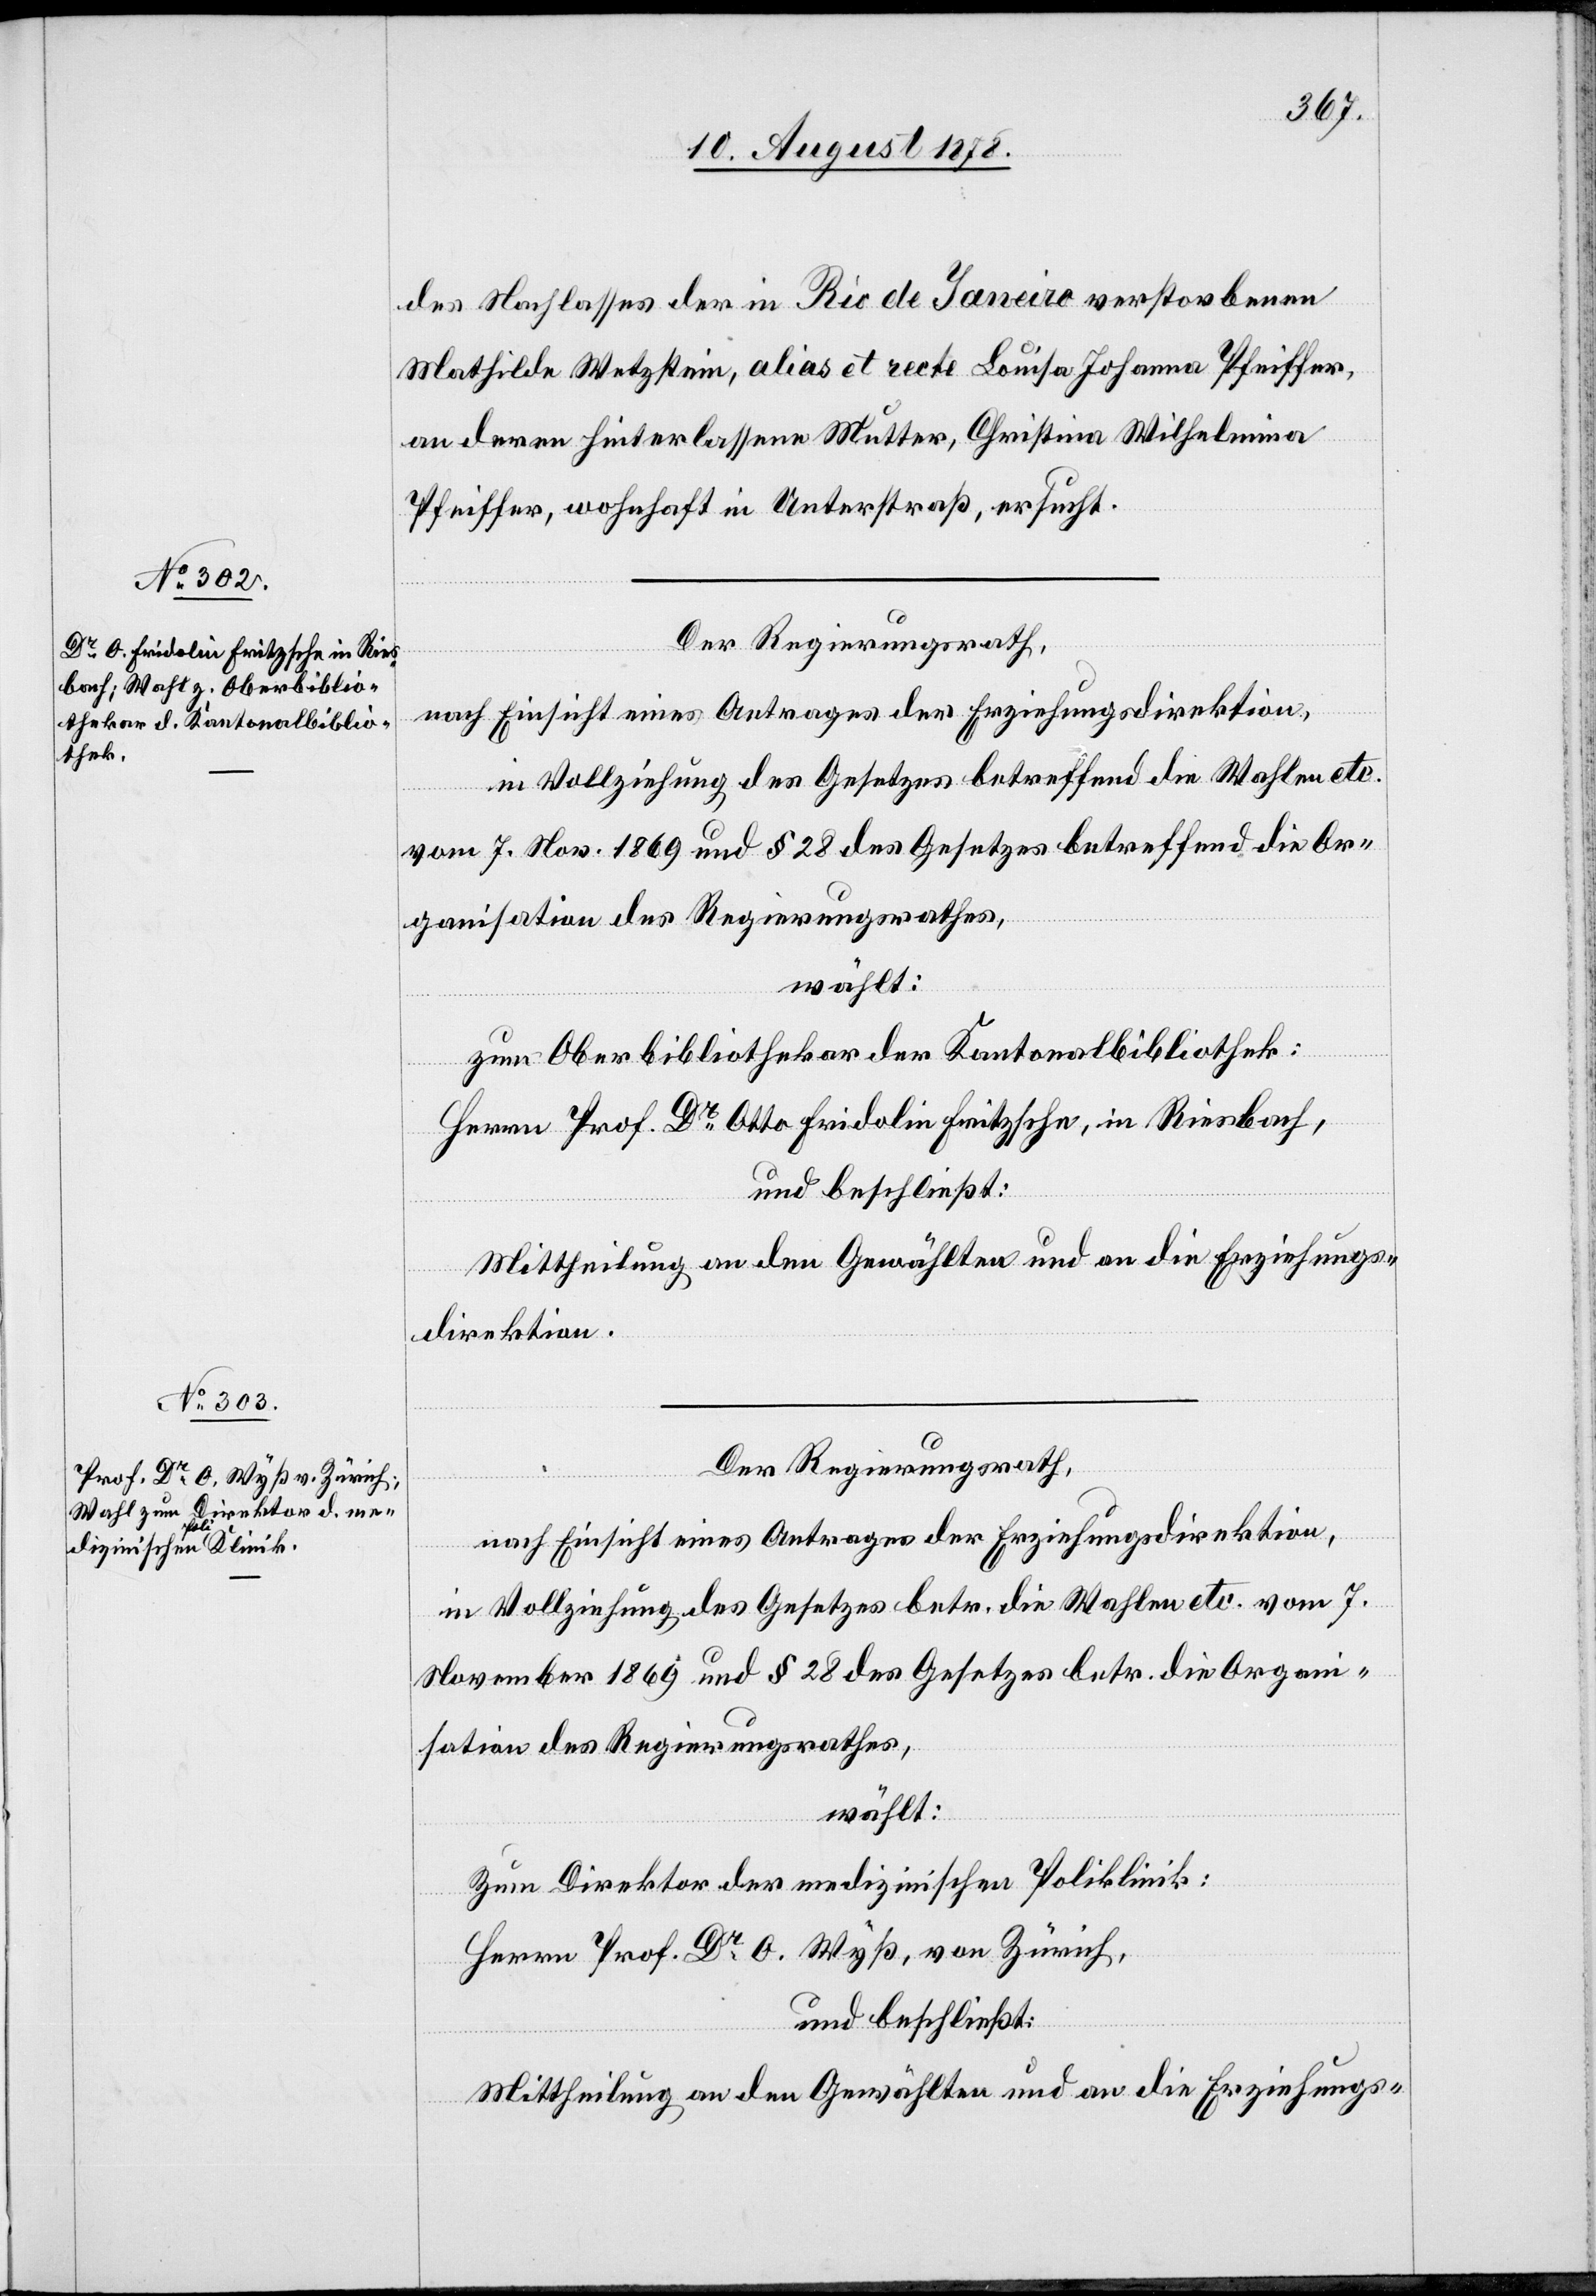
des Nachlasses der in Rio de Janeiro verstorbenen
Mathilde Wetzstein, alias et recte Louisa Johanna Pfeiffer,
an deren hinterlassene Mutter, Christina Wilhelmina
Pfeiffer, wohnhaft in Unterstraß, ersucht.
Der Regierungsrath,
nach Einsicht eines Antrages der Erziehungsdirektion,
in Vollziehung des Gesetzes betreffend die Wahlen etc.
vom 7. Nov. 1869 und § 28 des Gesetzes betreffend die Or¬
ganisation des Regierungsrathes,
wählt:
zum Oberbibliothekar der Kantonalbibliothek:
Herrn Prof. Dr Otto Fridolin Fritzsche, in Riesbach,
und beschließt:
Mittheilung an den Gewählten und an die Erziehungs¬
direktion.
wählt:
Zum Direktor der medizinischen Poliklinik:
Herrn Prof. Dr O. Wyß, von Zürich,
und beschließt:
Mittheilung an den Gewählten und an die Erziehungs-